Indian journal of veterinary science and animal husbandry - Volumes 15-17, 1948-1951
Year: 1948
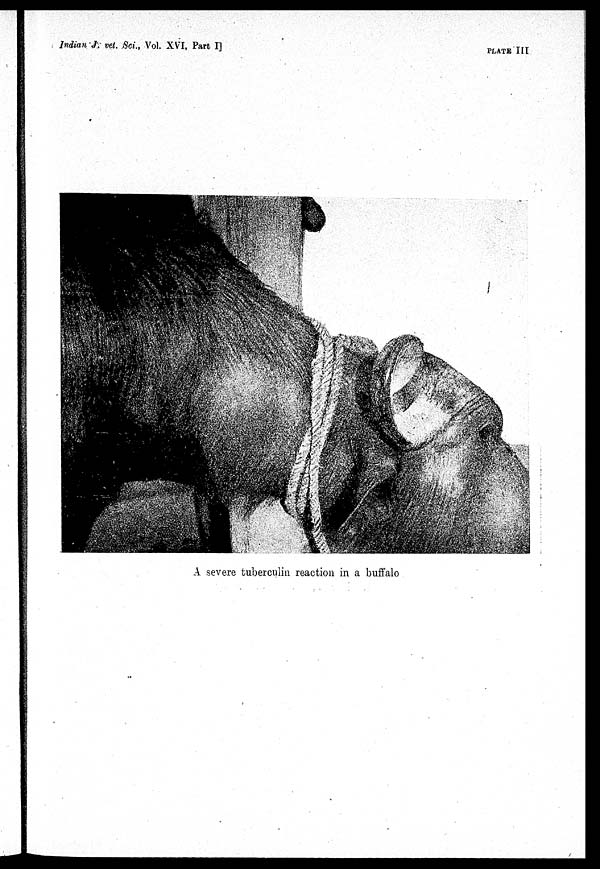
Indian J. vet. Sci., Vol. XVI, Part I]
PLATE III
A severe tuberculin reaction in a buffalo